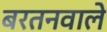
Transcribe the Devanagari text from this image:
बरतनवाले